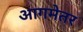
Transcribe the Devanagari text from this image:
आगमेतर